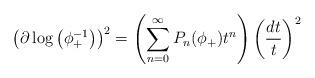
LaTeX: \begin{gather*}\big(\partial \log \big(\phi_+^{-1}\big)\big)^2=\left(\sum\limits_{n=0}^{\infty}P_n(\phi_+)t^n\right)\left(\frac{dt}{t}\right)^2\end{gather*}